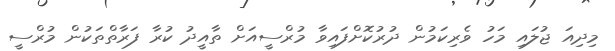
މިދިއަ ޖުލައި މަހު ވެރިކަމުން ދުރުކޮށްފައިވާ މުރްސީއަށް ތާއީދު ކުރާ ފަރާތްތަކުން މުރްސީ